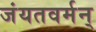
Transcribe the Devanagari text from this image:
जंयतवर्मन्